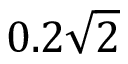
0 . 2 \sqrt { 2 }